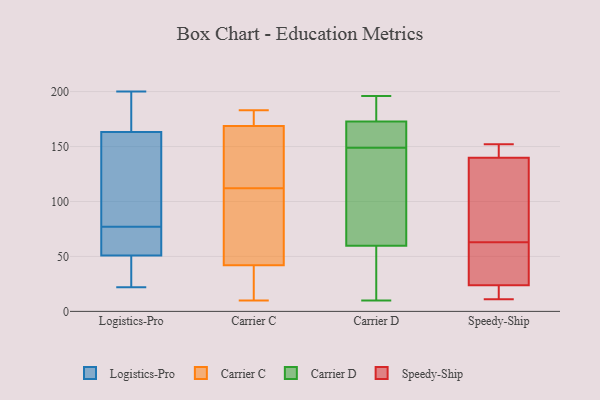
{"axis": {"x": "Tickets Resolved", "y": "Value"}, "legend": ["Carrier C", "Carrier D", "Logistics-Pro", "Speedy-Ship"], "data": [{"x": "", "y": 164, "type": "Logistics-Pro"}, {"x": "", "y": 193, "type": "Logistics-Pro"}, {"x": "", "y": 63, "type": "Logistics-Pro"}, {"x": "", "y": 143, "type": "Logistics-Pro"}, {"x": "", "y": 31, "type": "Logistics-Pro"}, {"x": "", "y": 200, "type": "Logistics-Pro"}, {"x": "", "y": 22, "type": "Logistics-Pro"}, {"x": "", "y": 82, "type": "Logistics-Pro"}, {"x": "", "y": 53, "type": "Logistics-Pro"}, {"x": "", "y": 44, "type": "Logistics-Pro"}, {"x": "", "y": 163, "type": "Logistics-Pro"}, {"x": "", "y": 55, "type": "Logistics-Pro"}, {"x": "", "y": 77, "type": "Logistics-Pro"}, {"x": "", "y": 14, "type": "Carrier C"}, {"x": "", "y": 112, "type": "Carrier C"}, {"x": "", "y": 81, "type": "Carrier C"}, {"x": "", "y": 183, "type": "Carrier C"}, {"x": "", "y": 10, "type": "Carrier C"}, {"x": "", "y": 139, "type": "Carrier C"}, {"x": "", "y": 37, "type": "Carrier C"}, {"x": "", "y": 24, "type": "Carrier C"}, {"x": "", "y": 88, "type": "Carrier C"}, {"x": "", "y": 159, "type": "Carrier C"}, {"x": "", "y": 139, "type": "Carrier C"}, {"x": "", "y": 172, "type": "Carrier C"}, {"x": "", "y": 57, "type": "Carrier C"}, {"x": "", "y": 175, "type": "Carrier C"}, {"x": "", "y": 173, "type": "Carrier C"}, {"x": "", "y": 186, "type": "Carrier D"}, {"x": "", "y": 149, "type": "Carrier D"}, {"x": "", "y": 102, "type": "Carrier D"}, {"x": "", "y": 163, "type": "Carrier D"}, {"x": "", "y": 184, "type": "Carrier D"}, {"x": "", "y": 169, "type": "Carrier D"}, {"x": "", "y": 60, "type": "Carrier D"}, {"x": "", "y": 165, "type": "Carrier D"}, {"x": "", "y": 59, "type": "Carrier D"}, {"x": "", "y": 74, "type": "Carrier D"}, {"x": "", "y": 196, "type": "Carrier D"}, {"x": "", "y": 38, "type": "Carrier D"}, {"x": "", "y": 10, "type": "Carrier D"}, {"x": "", "y": 81, "type": "Speedy-Ship"}, {"x": "", "y": 66, "type": "Speedy-Ship"}, {"x": "", "y": 17, "type": "Speedy-Ship"}, {"x": "", "y": 32, "type": "Speedy-Ship"}, {"x": "", "y": 152, "type": "Speedy-Ship"}, {"x": "", "y": 145, "type": "Speedy-Ship"}, {"x": "", "y": 11, "type": "Speedy-Ship"}, {"x": "", "y": 49, "type": "Speedy-Ship"}, {"x": "", "y": 13, "type": "Speedy-Ship"}, {"x": "", "y": 26, "type": "Speedy-Ship"}, {"x": "", "y": 63, "type": "Speedy-Ship"}, {"x": "", "y": 146, "type": "Speedy-Ship"}, {"x": "", "y": 138, "type": "Speedy-Ship"}]}